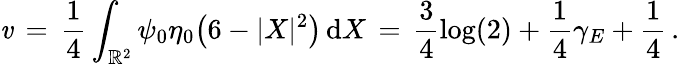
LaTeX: \mathit{v}\, =\, \frac{{1}}{{4}}\int_{\mathbb{{R}}^{2}}\psi_{0}\eta_{0}\bigl(6-|X|^{2}\bigr)\, \mathrm{{d}}X\, =\, \frac{{3}}{{4}}\log(2)+\frac{{1}}{{4}}\gamma_{E}+\frac{{1}}{{4}}\, .